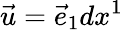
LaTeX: {\vec{u}}={\vec{e}}_{1}dx^{1}